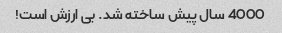
4000 سال پیش ساخته شد. بی ارزش است!